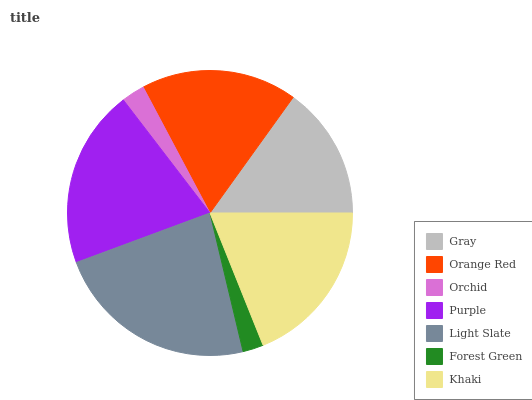
| Gray | Orange Red | Orchid | Purple | Light Slate | Forest Green | Khaki |
 | --- | --- | --- | --- | --- | --- | --- |
 | 15.1% | 17.7% | 2.64% | 20.2% | 23.1% | 2.34% | 18.9% |